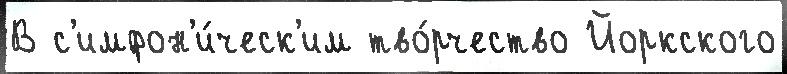
В с'имфон'и́ческ'им тво́рчество Йоркского